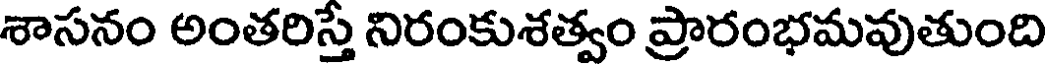
శాసనం అంతరిస్తే నిరంకుశత్వం ప్రారంభమవుతుంది